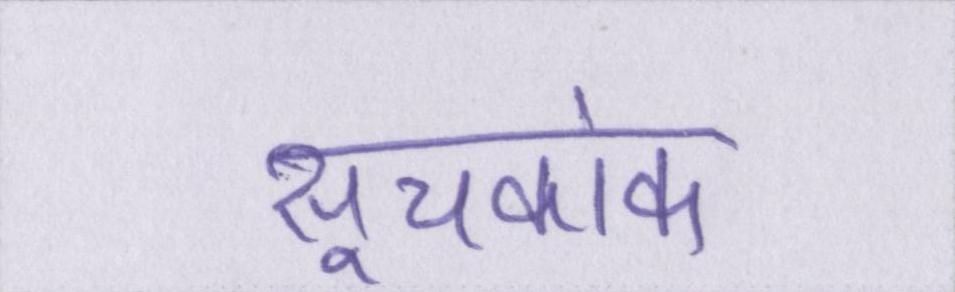
सूचकांक